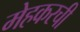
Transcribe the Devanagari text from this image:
मेहकरची